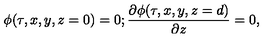
\phi ( \tau , x , y , z = 0 ) = 0 ; { \frac { \partial \phi ( \tau , x , y , z = d ) } { \partial z } } = 0 ,